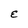
Character: E